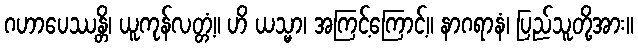
ဂဟာပေဿန္တိ၊ ယူကုန်လတ္တံ့။ ဟိ ယသ္မာ၊ အကြင့်ကြောင့်။ နာဂရာနံ၊ ပြည်သူတို့အား။